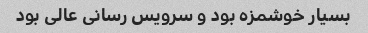
بسیار خوشمزه بود و سرویس رسانی عالی بود